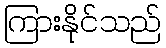
ကြားနိုင်သည်